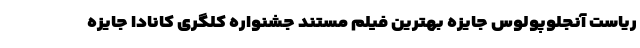
ریاست آنجلوپولوس جایزه بهترین فیلم مستند جشنواره کلگری کانادا جایزه